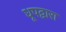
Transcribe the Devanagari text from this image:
धूपद्वारा